Scottish Leaving Certificate Examination, 1952
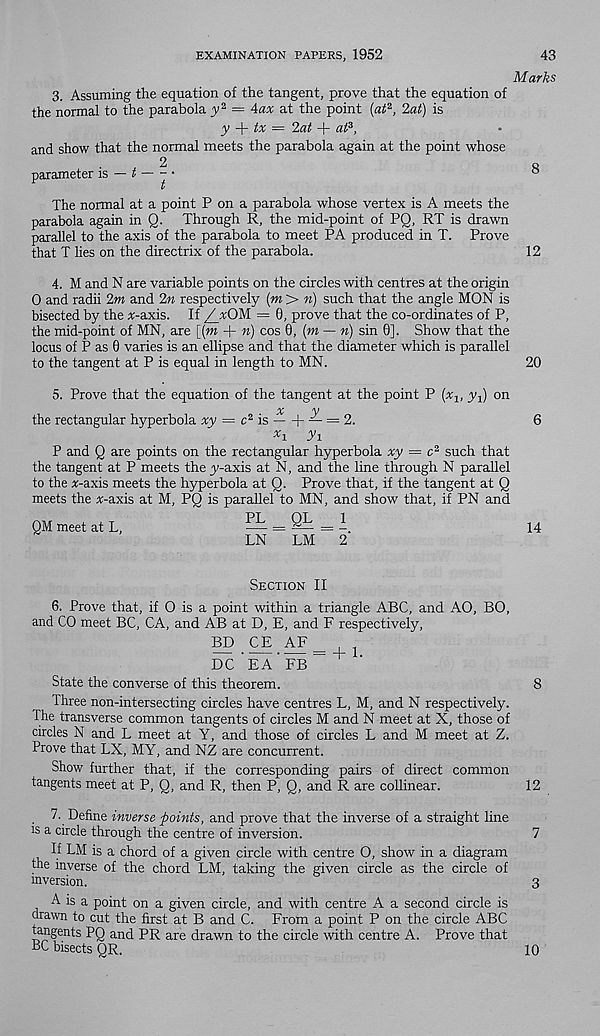
EXAMINATION PAPERS, 1952
43
Marks
3. Assuming the equation of the tangent, prove that the equation of
the normal to the parabola y z = \ax at the point (atf 2 , 2a<) is
y tx = 2at + aft,
and show that the normal meets the parabola again at the point whose
, 2
parameter is — f
t
The normal at a point P on a parabola whose vertex is A meets the
parabola again in Q. Through R, the mid-point of PQ, RT is drawn
parallel to the axis of the parabola to meet PA produced in T. Prove
that T lies on the directrix of the parabola.
8
12
4. M and N are variable points on the circles with centres at the origin
0 and radii 2m and 2n respectively (m > n) such that the angle MON is
bisected by the x-axis. If /jrOM — 0, prove that the co-ordinates of P,
the mid-point of MN, are [(w + n) cos 0, [m — n) sin 0]. Show that the
locus of P as 0 varies is an ellipse and that the diameter which is parallel
to the tangent at P is equal in length to MN.
20
5. Prove that the equation of the tangent at the point P (%, yq) on
%
y
the rectangular hyperbola xy = c* is
\- — = 2.
6
x \ Vi
P and Q are points on the rectangular hyperbola xy = c 2 such that
the tangent at P meets the y-axis at N, and the line through N parallel
to the tf-axis meets the hyperbola at Q. Prove that, if the tangent at Q
meets the *-axis at M, PQ is parallel to MN, and show that, if PN and
QM meet at L,
= 1
14
LN
LM
2
Section II
6. Prove that, if 0 is a point within a triangle ABC, and AO, BO,
and CO meet BC, CA, and AB at D, E, and F respectively,
BD CE AF
dc’ea’fb”
State the converse of this theorem.
8
Three non-intersecting circles have centres L, M, and N respectively.
The transverse common tangents of circles M and N meet at X, those of
circles N and L meet at Y, and those of circles L and M meet at Z.
Prove that LX, MY, and NZ are concurrent.
Show further that, if the corresponding pairs of direct common
tangents meet at P, Q, and R, then P, Q, and R are collinear.
12
7. Define inverse points, and prove that the inverse of a straight line
is a circle through the centre of inversion.
7
If LM is a chord of a given circle with centre 0, show in a diagram
the inverse of the chord LM, taking the given circle as the circle of
inversion.
3
A is a point on a given circle, and with centre A a second circle is
drawn to cut the first at B and C. From a point P on the circle ABC
tangents PQ and PR are drawn to the circle with centre A. Prove that
PC bisects QR.
10